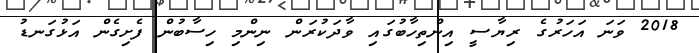
2018 ވަނަ އަހަރުގެ ރިޔާސީ އިންތިހާބުގައި ވާދަކުރަން ނިންމި ހިސާބުން ފެށިގެން އަޅުގަނޑު